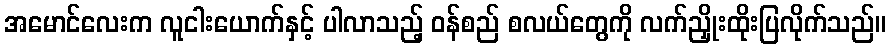
အမောင်လေးက လူငါးယောက်နှင့် ပါလာသည့် ဝန်စည် စလယ်တွေကို လက်ညှိုးထိုးပြလိုက်သည်။